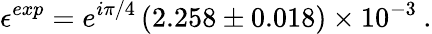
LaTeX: {\epsilon}^{exp}=e^{i\pi/4}\left(2.258\pm 0.018\right)\times 10^{-3}\: .